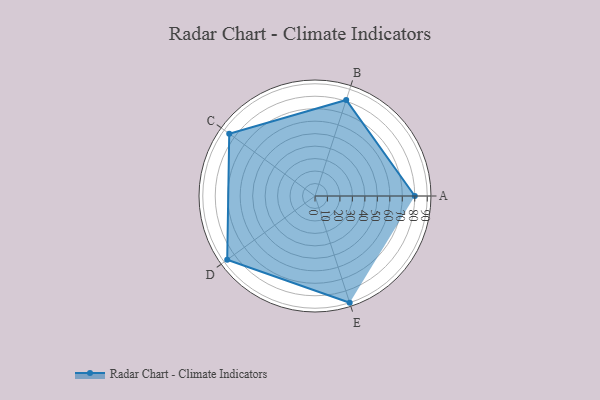
{"axis": {"x": "Skill", "y": "Score"}, "legend": ["Profile"], "data": [{"x": "A", "y": 80.0, "type": "Profile"}, {"x": "B", "y": 81.0, "type": "Profile"}, {"x": "C", "y": 85.0, "type": "Profile"}, {"x": "D", "y": 87.0, "type": "Profile"}, {"x": "E", "y": 90.0, "type": "Profile"}]}